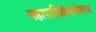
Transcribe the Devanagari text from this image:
महापालिकेबरोबरच